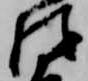
衛